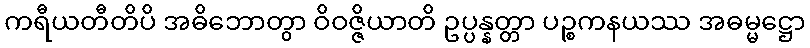
ကရီယတီတိပိ အဓိဘောတွာ ဝိဝဇ္ဇိယာတိ ဥပ္ပန္နတ္တာ ပဉ္စကနယဿ အဓမ္မဋ္ဌော